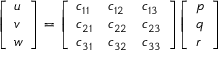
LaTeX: { \left[ \begin{array} { l } { u } \\ { v } \\ { w } \end{array} \right] } = { \left[ \begin{array} { l l l } { c _ { 1 1 } } & { c _ { 1 2 } } & { c _ { 1 3 } } \\ { c _ { 2 1 } } & { c _ { 2 2 } } & { c _ { 2 3 } } \\ { c _ { 3 1 } } & { c _ { 3 2 } } & { c _ { 3 3 } } \end{array} \right] } { \left[ \begin{array} { l } { p } \\ { q } \\ { r } \end{array} \right] }